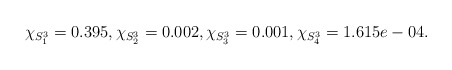
\begin{align*}\chi_{S^3_1} = 0.395, \chi_{S^3_2} = 0.002, \chi_{S^3_3}= 0.001,\chi_{S^3_4} = 1.615e-04.\end{align*}